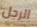
الرجل